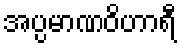
အပ္ပမာဏဝိဟာရီ